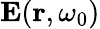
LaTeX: \mathbf{E}(\mathbf{r},\omega_{0})